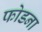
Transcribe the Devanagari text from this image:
फोडना